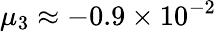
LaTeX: \mu_{3}\approx-0.9\times 10^{-2}